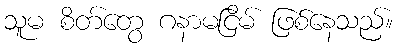
သူမ စိတ်တွေ ဂနာမငြိမ် ဖြစ်နေသည်။